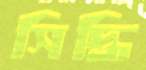
সিদ্ধি